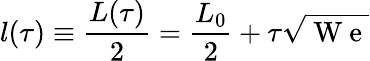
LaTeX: l(\tau)\equiv\frac{L(\tau)}2=\frac{L_{0}}2+\tau\sqrt{\mathrm{~W~e~}}